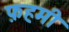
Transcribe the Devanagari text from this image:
फ़हमी